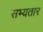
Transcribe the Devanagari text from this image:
सभ्यतार